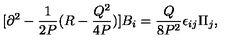
[ \partial ^ { 2 } - { \frac { 1 } { 2 P } } ( R - { \frac { Q ^ { 2 } } { 4 P } } ) ] B _ { i } = { \frac { Q } { 8 P ^ { 2 } } } \epsilon _ { i j } \Pi _ { j } ,